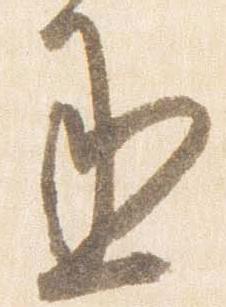
丞